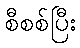
စီစစ်ပြီး